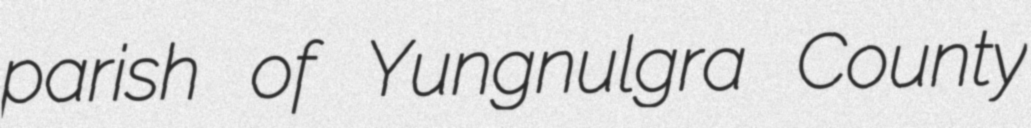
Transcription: parish of Yungnulgra County